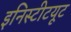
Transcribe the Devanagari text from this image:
इनिस्टीटयूट